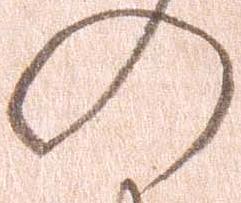
の